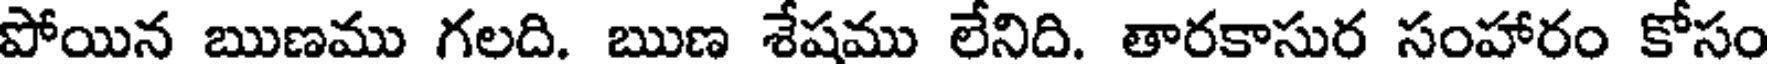
పోయిన ఋణము గలది. ఋణ శేషము లేనిది. తారకాసుర సంహారం కోసం